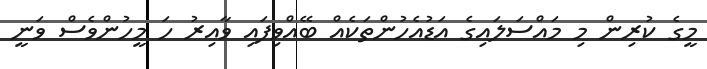
މީގެ ކުރިން މި މައްސަލައިގެ އަޑުއެހުންތަކެއް ބޭއްވިފައި ވާއިރު ހަ މީހުންވެސް ވަނީ